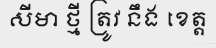
សីមា ថ្មី ត្រូវ នឹង ខេត្ត